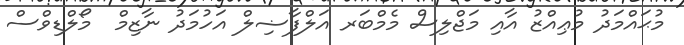
މުޙައްމަދު މުޢިއްޒު އާއި މަޖްލިސް މެމްބަރ އަލްފާޟިލް އަހުމަދު ނާޒިމް  މޯލްޑިވްސް